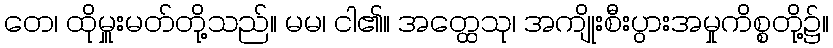
တေ၊ ထိုမှူးမတ်တို့သည်။ မမ၊ ငါ၏။ အတ္ထေသု၊ အကျိုးစီးပွားအမှုကိစ္စတို့၌။